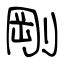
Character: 剛